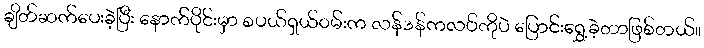
ချိတ်ဆက်ပေးခဲ့ပြီး နောက်ပိုင်းမှာ စပယ်ရှယ်ဝမ်းက လန်ဒန်ကလပ်ကိုပဲ ပြောင်းရွှေ့ခဲ့တာဖြစ်တယ်။